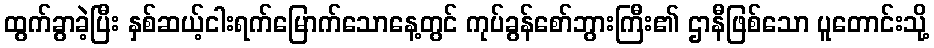
ထွက်ခွာခဲ့ပြီး နှစ်ဆယ့်ငါးရက်မြောက်သောနေ့တွင် ကုပ်ခွန်စော်ဘွားကြီး၏ ဌာနီဖြစ်သော ပူတောင်းသို့